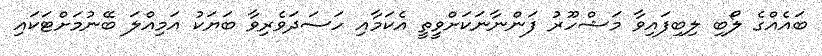
ބައެއްގެ ލޯބި ލިބިފައިވާ މަޝްހޫރު ފަންނާނަކަށްވީތީ އެކަމާއި ހަސަދަވެރިވާ ބަޔަކު އަމިއްލަ ބޭނުމަށްޓަކައި